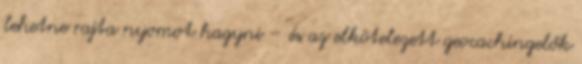
lehetne rajta nyomot hagyni – és az elkötelezett geocachingelők